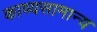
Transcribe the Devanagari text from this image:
काव्यसामान्य